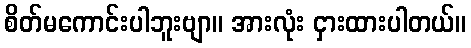
စိတ်မကောင်းပါဘူးဗျာ။ အားလုံး ငှားထားပါတယ်။